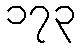
၁၇၃